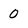
Character: 0